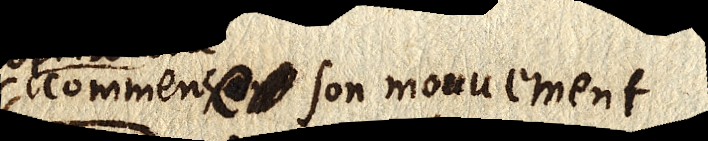
commence son mouvement